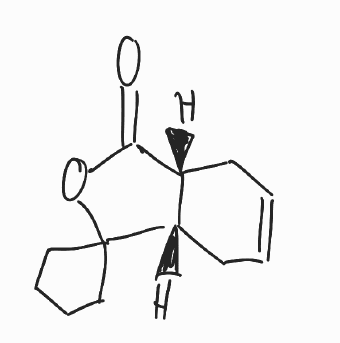
Simplified molecular-input line-entry system (SMILES) notation of the given molecule:
C1CCC2(C1)[C@H]3CC=CC[C@H]3C(=O)O2